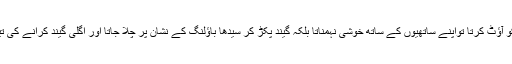
وہ کسی کھلاڑی کو آؤٹ کرتا تواپنے ساتھیوں کے ساتھ خوشی نہمناتا بلکہ گیند پکڑ کر سیدھا باؤلنگ کے نشان پر چلا جاتا اور اگلی گیند کرانے کی تیاری میں لگ جاتا۔